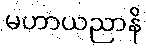
မဟာယညာနိ